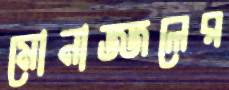
মোনাজ্জলের